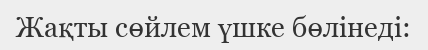
Жақты сөйлем үшке бөлінеді: